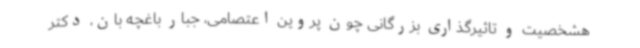
هشخصیت و تاثیرگذاری بزرگانی چون پروین اعتصامی، جبار باغچه بان، دکتر